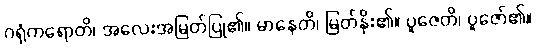
ဂရုံကရောတိ၊ အလေးအမြတ်ပြု၏။ မာနေတိ၊ မြတ်နိုး၏။ ပူဇေတိ၊ ပူဇော်၏။